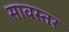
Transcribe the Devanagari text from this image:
सावस्तर